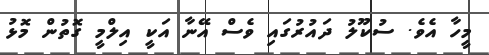
މީހާ އެވެ. ސުކޫލު ދައުރުގައި ވެސް އޭނާ އަކީ އިލްމީ ގޮތުން މޮޅު